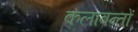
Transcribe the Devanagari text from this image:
कलावन्तों